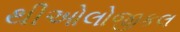
થીઓલોજીકલ